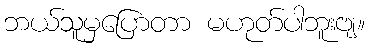
ဘယ်သူမှပြောတာ မဟုတ်ပါဘူးဗျ။